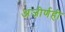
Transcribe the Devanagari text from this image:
अजीर्णही